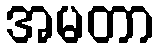
အမတာ